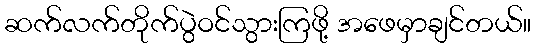
ဆက်လက်တိုက်ပွဲဝင်သွားကြဖို့ အဖေမှာချင်တယ်။